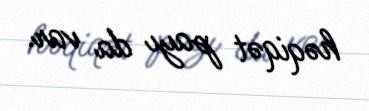
həqiqət payı da var.